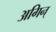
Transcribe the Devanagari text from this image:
अगिन्